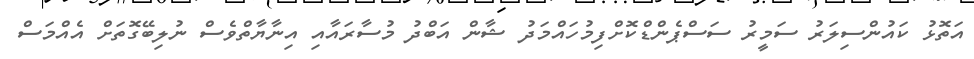
އަތޮޅު ކައުންސިލަރު ސަމީރު ސަސްޕެންޑްކޮށްފިމުހައްމަދު ޝާން އަބްދު މުސާރައާއި އިނާޔާތްވެސް ނުލިބޭގޮތަށް އެއްމަސް